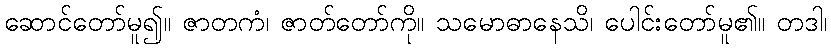
ဆောင်တော်မူ၍။ ဇာတကံ၊ ဇာတ်တော်ကို။ သမောဓာနေသိ၊ ပေါင်းတော်မူ၏။ တဒါ၊